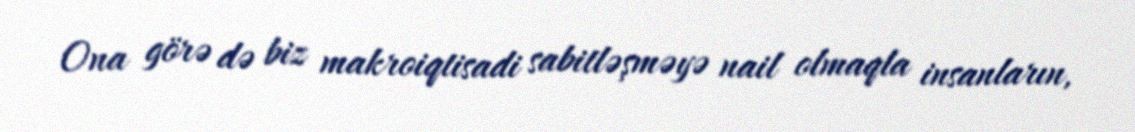
Ona görə də biz makroiqtisadi sabitləşməyə nail olmaqla insanların,